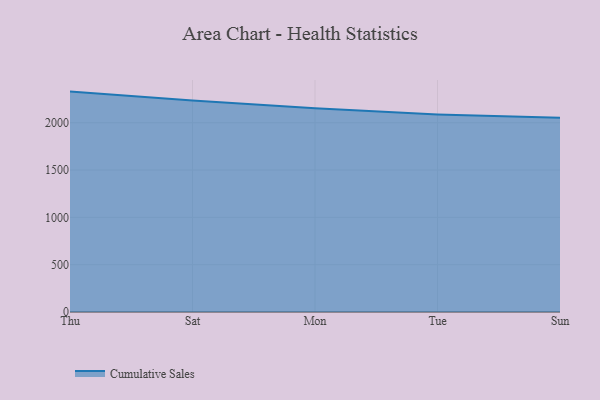
{"axis": {"x": "Day", "y": "Population (Million)"}, "legend": ["Cumulative Sales"], "data": [{"x": "Thu", "y": 2328.7, "type": "Cumulative Sales"}, {"x": "Sat", "y": 2234.9, "type": "Cumulative Sales"}, {"x": "Mon", "y": 2153.0, "type": "Cumulative Sales"}, {"x": "Tue", "y": 2088.0, "type": "Cumulative Sales"}, {"x": "Sun", "y": 2051.3, "type": "Cumulative Sales"}]}